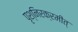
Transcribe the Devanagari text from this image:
पृश्निरक्रमीत्